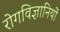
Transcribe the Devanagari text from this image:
रोगविज्ञानियों